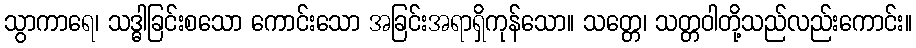
သွာကာရေ၊ သဒ္ဓါခြင်းစသော ကောင်းသော အခြင်းအရာရှိကုန်သော။ သတ္တေ၊ သတ္တဝါတို့သည်လည်းကောင်း။